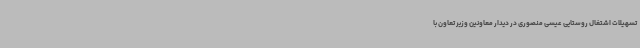
تسهیلات اشتغال روستایی عیسی منصوری در دیدار معاونین وزیر تعاون با